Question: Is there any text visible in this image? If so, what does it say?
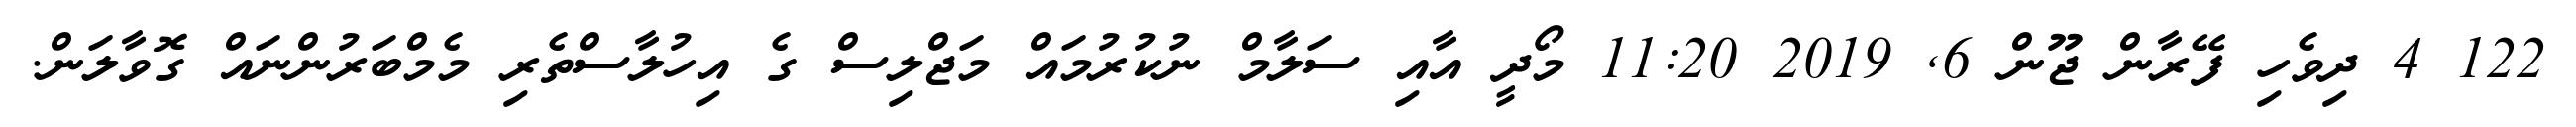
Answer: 122 4 ދިވެހި ފޭރާން ޖޫން 6, 2019 11:20 މޯދީ އާއި ސަލާމް ނުކުރުމައް މަޖްލިސް ގެ އިހުލާސްތެރި މެމްބަރުންނައް ގޮވާލަން.